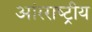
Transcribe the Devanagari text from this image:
आंरराष्ट्रीय